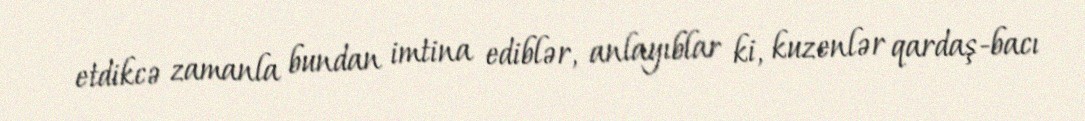
etdikcə zamanla bundan imtina ediblər, anlayıblar ki, kuzenlər qardaş-bacı